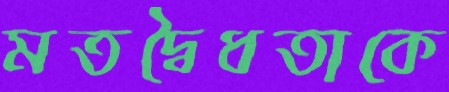
মতদ্বৈধতাকে